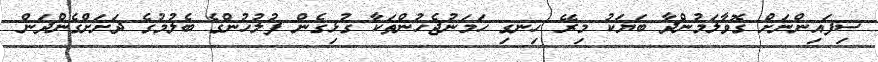
ސިފައިންނަށް ގޮވާލަމުންދާ ބަޔަކު މިރޭ ހިނގި ހަމަނުޖެހުންތަކާ ގުޅިގެން ފުލުހުންގެ ބެލުމުގެ ދަށަށްގެންދަން